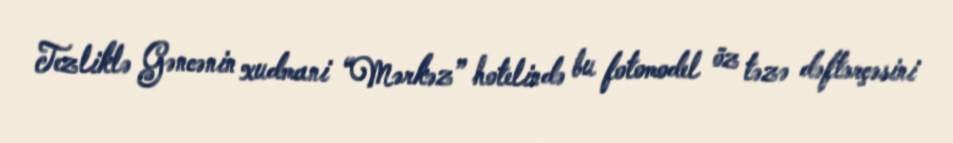
Tezliklə Gəncənin xudmani “Mərkəz” hotelində bu fotomodel öz təzə dəftərçəsini